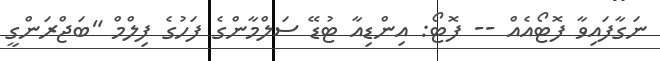
ނަގާފައިވާ ފޮޓޯއެއް -- ފޮޓޯ: އިންޑިއާ ޓުޑޭ ސަލްމާންގެ ފަހުގެ ފިލްމް "ބަޖްރަންގީ